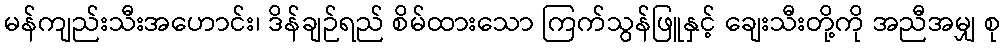
မန်ကျည်းသီးအဟောင်း၊ ဒိန်ချဉ်ရည် စိမ်ထားသော ကြက်သွန်ဖြူနှင့် ချေးသီးတို့ကို အညီအမျှ စု